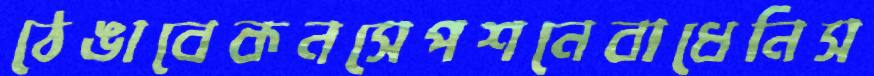
ঠেঙাবেকনসেপশনেবাধেনিস